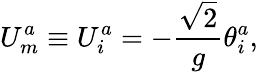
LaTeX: U_{m}^{a}\equiv U_{i}^{a}=-{\frac{\sqrt{2}}{g}}\theta_{i}^{a},